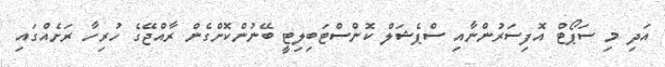
އަދި މި ސަޕޯޓް އޮފިސަރުންނާއި ސްޕެޝަލް ކޮންސްޓަބިލިޓީ ބޭނުންކޮށްގެން ރާއްޖޭގެ ހުރިހާ ރަށެއްގައި